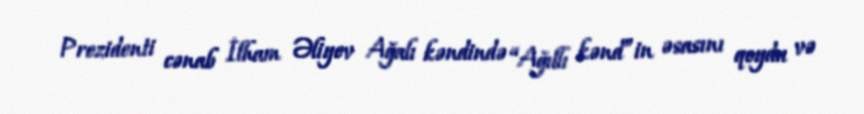
Prezidenti cənab İlham Əliyev Ağalı kəndində “Ağıllı kənd”in əsasını qoydu və